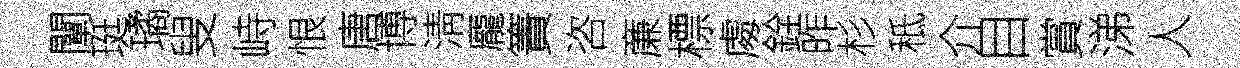
闡珽璚叟峙恨唐博淸龐簀咨亷標䖏銓昨杉秪介目賞涕人